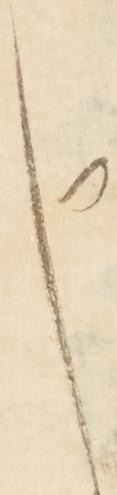
申